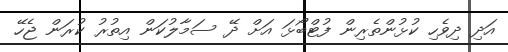
އަދި ދިވެހި ކުޅުންތެރިން ފުޓްބޯޅަ އަށް ދޭ ސަމާލުކަން އިތުރު ކުރަން ޖެހޭ